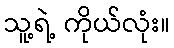
သူ့ရဲ့ ကိုယ်လုံး။